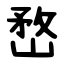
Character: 嵍